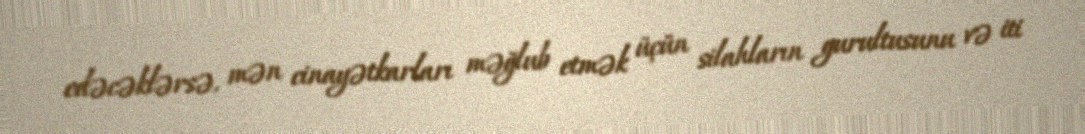
edəcəklərsə, mən cinayətkarları məğlub etmək üçün silahların gurultusunu və iti